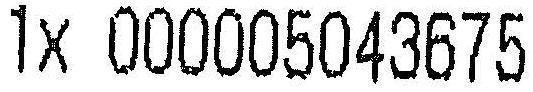
1X 000005043675